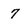
Character: 7